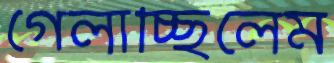
গেলাচ্ছিলেম